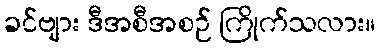
ခင်ဗျား ဒီအစီအစဉ် ကြိုက်သလား။